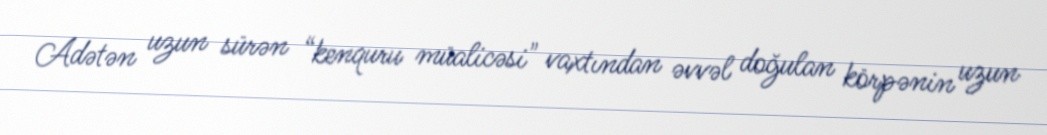
Adətən uzun sürən “kenquru müalicəsi" vaxtından əvvəl doğulan körpənin uzun